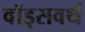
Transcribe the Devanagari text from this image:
वॉड्सवर्थ